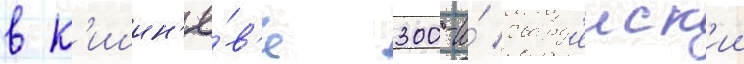
в к'ишин'ё́в'е 300-и́ гвард'еиск'ии